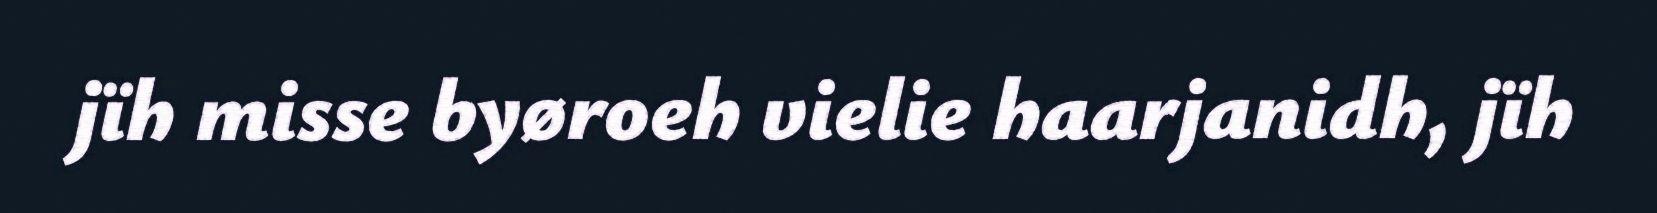
jïh misse byøroeh vielie haarjanidh, jïh